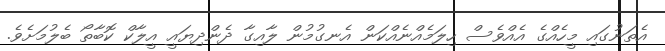
އެތަނުގައި މީހެއްގެ އެއްވެސް ހިލަމެއްނެއްކަން އެނގުމުން ލާއިގާ ދެންދިޔައީ އީލާކް ކޮބާތޯ ބެލުމަށެވެ.